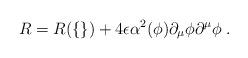
LaTeX: \begin{align*}R = R(\{\}) + 4\epsilon \alpha^2(\phi)\partial_{\mu} \phi \partial^{\mu} \phi \; . \end{align*}